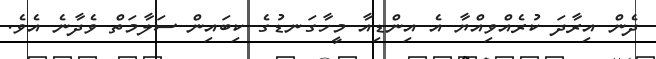
ދެން އިރާދަ ކުރެއްވިއްޔާ އެ އިންޑިއާ މީހާގަނޑުގެ ކިބައިން ސަލާމަތް ވެދާނެ އެވެ.